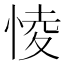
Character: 㥄